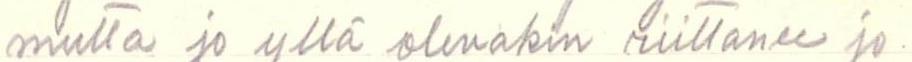
mutta jo yllä olevakin riittänee jo.